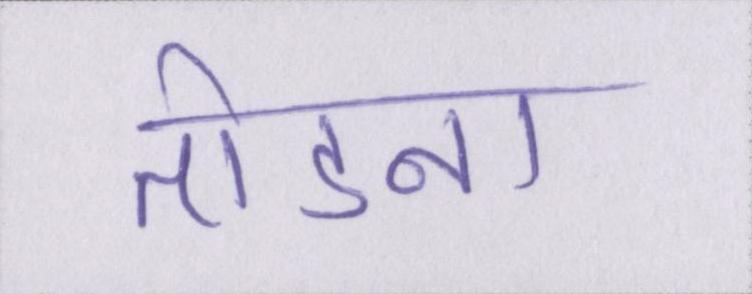
तोडना